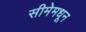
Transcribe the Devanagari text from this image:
सीमेमधून